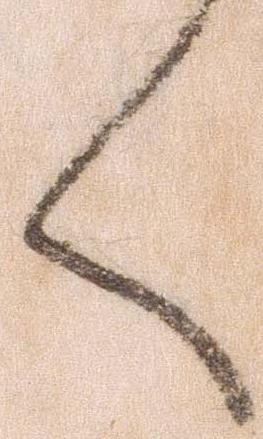
く